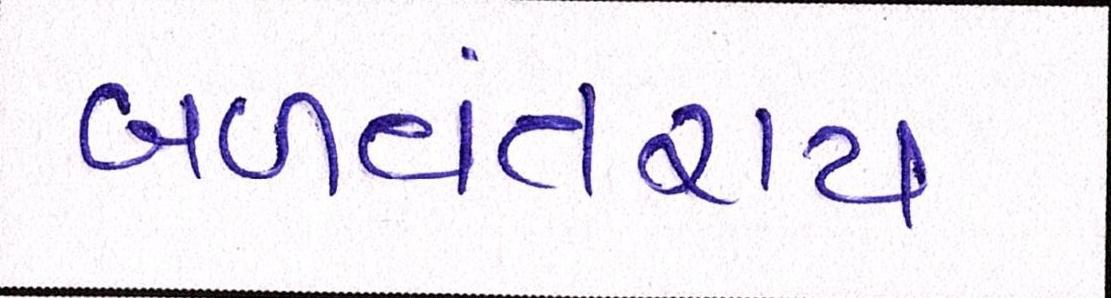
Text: બળવંતરાય